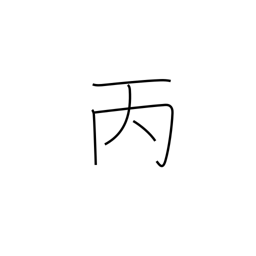
Meaning: 3rd